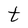
Character: t